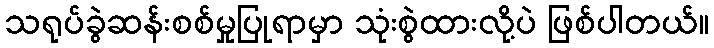
သရုပ်ခွဲဆန်းစစ်မှုပြုရာမှာ သုံးစွဲထားလို့ပဲ ဖြစ်ပါတယ်။